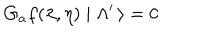
G _ { a } f ( \lambda , \eta ) \mid \Lambda ^ { \prime } \, \rangle = 0